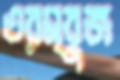
তরম্বুজ